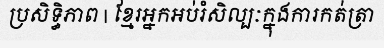
ប្រសិទ្ធិភាព | ខ្មែរអ្នកអប់រំសិល្បៈក្នុងការកត់ត្រា